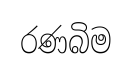
රණබිම